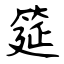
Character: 筵